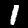
Digit: 1